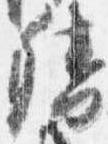
督